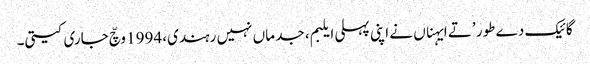
گائیک دے طور ’تے ایہناں نے اپنی پہلی ایلبم، جد ماں نہیں رہندی، 1994 وچّ جاری کیتی۔